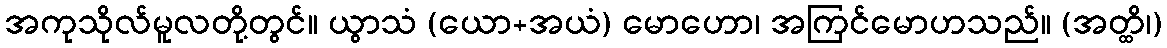
အကုသိုလ်မူလတို့တွင်။ ယွာသံ (ယော+အယံ) မောဟော၊ အကြင်မောဟသည်။ (အတ္ထိ၊)